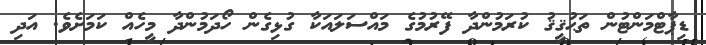
ޑިޕާޓްމަންޓުން ތަޙުޤީޤު ކުރަމުންދާ ފޭރުމުގެ މައްސަލައަކާ ގުޅިގެން ހޯދަމުންދާ މީހެެއް ކަމަށެވެ. އަދި